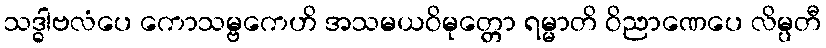
သဒ္ဓါဗလံပေ ကောသမ္ဗကေဟိ အသမယဝိမုတ္တော ရမ္မာတိ ဝိညာဏေပေ လိမ္ပတီ